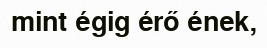
mint égig érő ének,